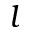
l